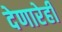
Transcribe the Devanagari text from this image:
देणारेही